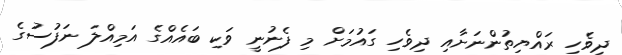
ދިވެހި ރައްޔިތުންނަށާއި ދިވެހި ގައުމަށް މި ފެނުނީ ވަކި ބައެއްގެ އަމިއްލަ ނަފުސުގެ